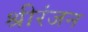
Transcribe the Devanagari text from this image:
श्रीरंजन